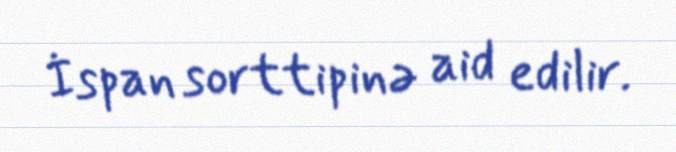
İspan sorttipinə aid edilir.